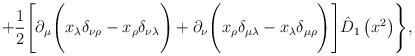
LaTeX: \begin{align*}+\frac12\Biggl[\partial_\mu\Biggl(x_\lambda\delta_{\nu\rho}-x_\rho\delta_{\nu\lambda}\Biggr)+\partial_\nu\Biggl(x_\rho\delta_{\mu\lambda}-x_\lambda\delta_{\mu\rho}\Biggr)\Biggr]\hat D_1\left(x^2\right)\Biggr\},\end{align*}